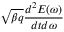
\sqrt { \beta q } \frac { d ^ { 2 } E ( \omega ) } { d t d \omega }